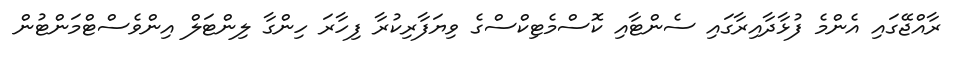
ރާއްޖޭގައި އެންމެ ފުޅާދާއިރާގައި ސެންޓާއި ކޮސްމެޓިކްސްގެ ވިޔަފާރިކުރާ ފިހާރަ ހިންގާ ލިންޓަލް އިންވެސްޓްމަންޓުން